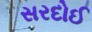
સરદોઈ